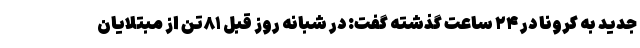
جدید به کرونا در ۲۴ ساعت گذشته گفت: در شبانه روز قبل ۸۱تن از مبتلایان